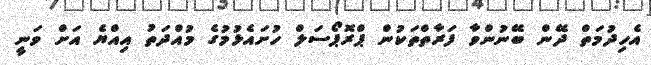
އެހިދުމަތް ދޭން ބޭނުންވާ ފަރާތްތަކުން ޕްރޮޕޯސަލް ހުށައެޅުމުގެ މުއްދަތު އިއްޔެ އަށް ވަނީ